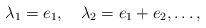
LaTeX: \begin{align*}\lambda_1=e_1, \quad \lambda_2=e_1+e_2,\ldots,\end{align*}